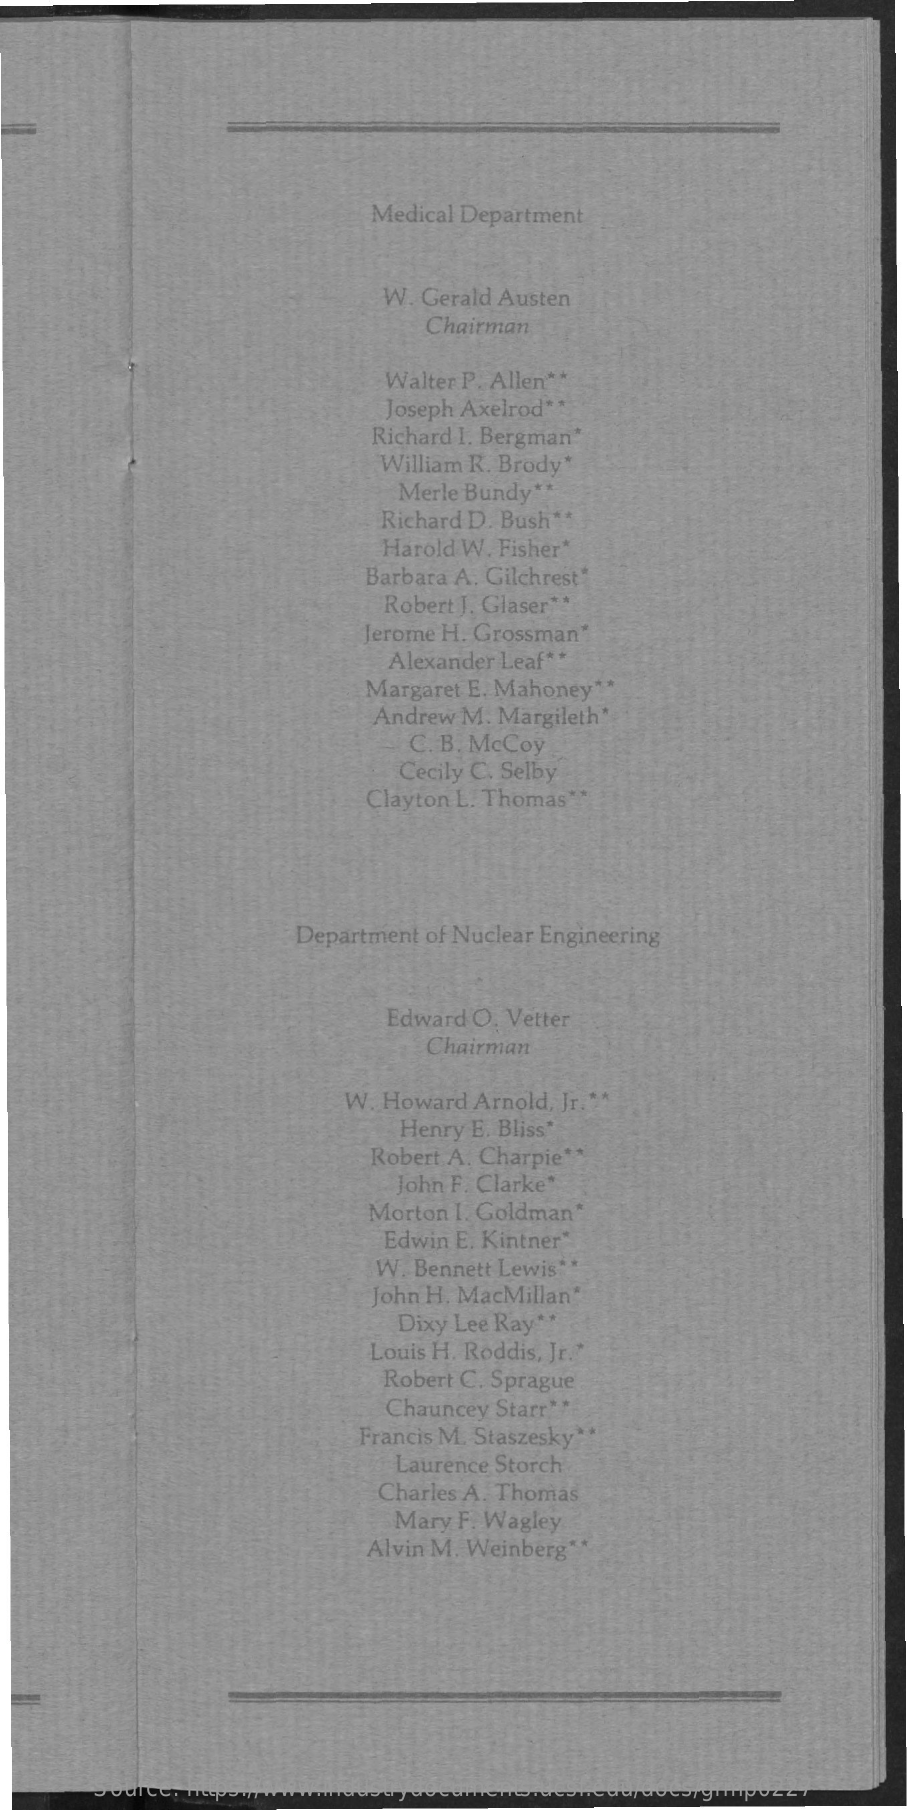
Medical Department
     W. Gerald Austen
     Chairman
     Walter P. Allen **
     Joseph Axelrod **
     Richard I. Bergman*
     William R. Brody*
     Merle Bundy **
     Richard D. Bush **
     Harold W. Fisher*
     Barbara A. Gilchrest*
     Robert J. Glaser **
     Jerome H. Grossman*
     Alexander Leaf **
     Margaret E. Mahoney **
     Andrew M. Margileth"
     C. B. McCoy
     Cecily C. Selby
     Clayton L. Thomas*
     Department of Nuclear Engineering
     Edward O. Vetter
     Chairman
     W.  Howard Arnold, Jr. **
     Henry E. Bliss*
     Robert A. Charpie* *
     John F. Clarke*
     Morton  I. Goldman*
     Edwin E. Kintner*
     W. Bennett Lewis **
     John H. MacMillan"
     Dixy Lee Ray **
     Louis H. Roddis, Jr .*
     Robert C. Sprague
     Chauncey Starr* *
     Francis M. Staszesky* *
     Laurence Storch
     Charles A. Thomas
     Mary F. Wagley
     Alvin M. Weinberg
     Source: https://www.industrydocuments.ucsf.edu/docs/grmp0227